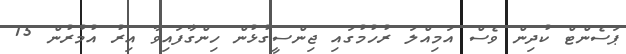
ޕަސެންޓް ކުދިން ވެސް އަމިއްލަ ރުހުމުގައި ޖިންސީގުޅުން ހިންގާފައިވާ އިރު އުމުރުން 15